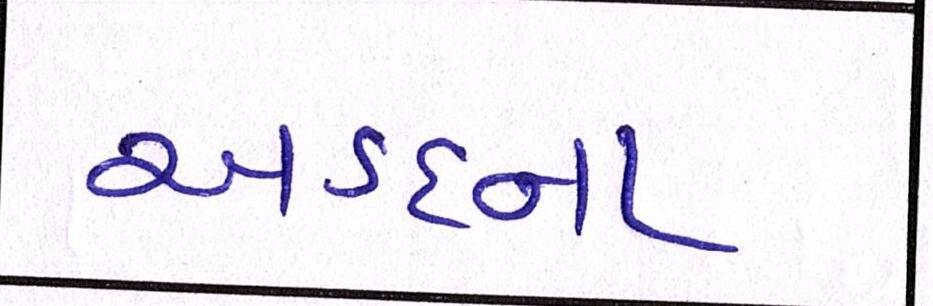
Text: અડદના